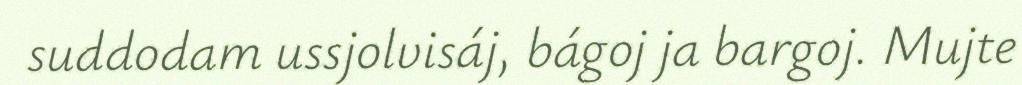
suddodam ussjolvisáj, bágoj ja bargoj. Mujte